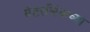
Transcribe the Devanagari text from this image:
मेटरलिंकच्या